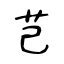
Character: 芑